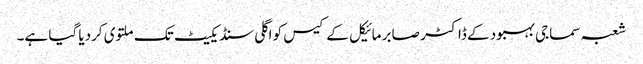
شعبہ سماجی بہبود کے ڈاکٹر صابر مائیکل کے کیس کو اگلی سنڈیکیٹ تک ملتوی کردیا گیا ہے۔